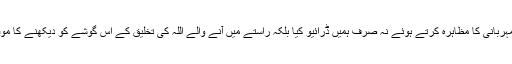
جنہوں نے کمال مہربانی کا مظاہرہ کرتے ہوئے نہ صرف ہمیں ڈرائیو کیا بلکہ راستے میں آنے والے اللہ کی تخلیق کے اس گوشے کو دیکھنے کا موقعہ بھی فراہم کیا۔